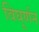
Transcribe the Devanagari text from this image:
विघूर्णन